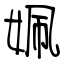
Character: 姵